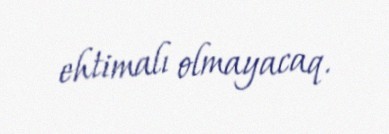
ehtimalı olmayacaq.